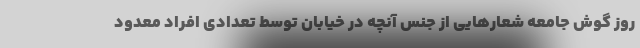
روز گوش جامعه شعارهایی از جنس آنچه در خیابان توسط تعدادی افراد معدود